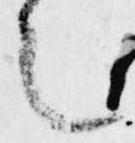
者